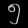
Digit: ၅